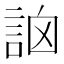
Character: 䛜